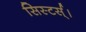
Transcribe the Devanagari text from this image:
सिस्टर्स्।